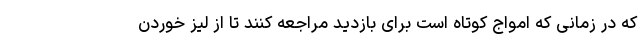
که در زمانی که امواج کوتاه است برای بازدید مراجعه کنند تا از لیز خوردن